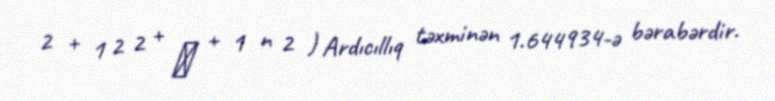
2 + 1 2 2 + ⋯ + 1 n 2 ) Ardıcıllıq təxminən 1.644934-ə bərabərdir.